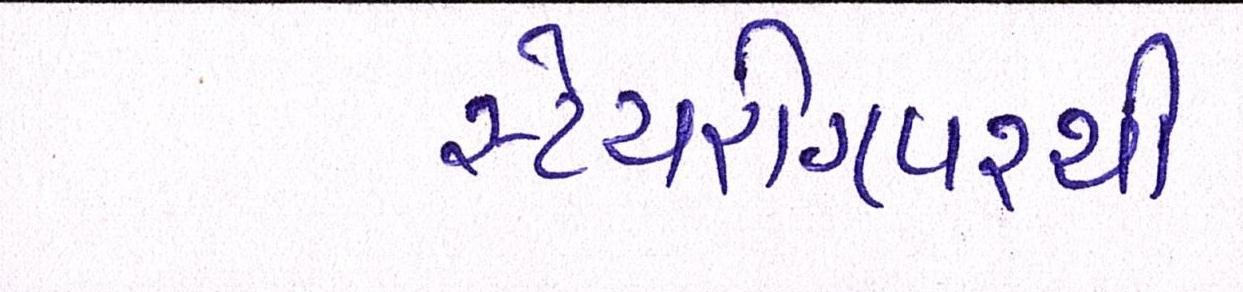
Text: સ્ટેયરીંગપરથી